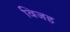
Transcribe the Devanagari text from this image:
विजह